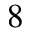
8